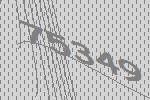
75349